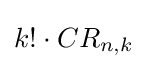
k!\cdot CR_{n,k}